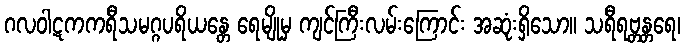
ဂလဝါဋကကရီသမဂ္ဂပရိယန္တေ ရေမျိုမှ ကျင်ကြီးလမ်းကြောင်း အဆုံးရှိသော။ သရီရဗ္တန္တရေ၊